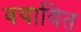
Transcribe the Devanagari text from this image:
बयायित